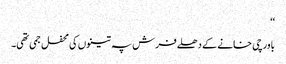
‘‘
باورچی خانے کے دھلے فرش پہ تینوں کی محفل جمی تھی۔